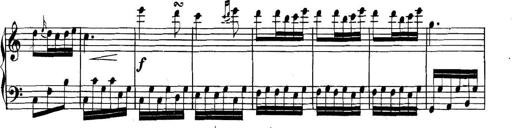
Title: Collected Piano Sonatas
Composer: Muzio Clementi